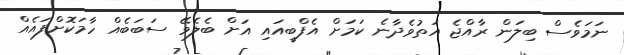
ނަމަވެސް ބިލަން ރާއްޖެ އަތުވެދާނެ ކަމަށް އެފްބީއައި އަށް ބެލެވޭ ސަބަބެއް ހާމަކޮށްފައެއް